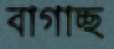
বাগাচ্ছ